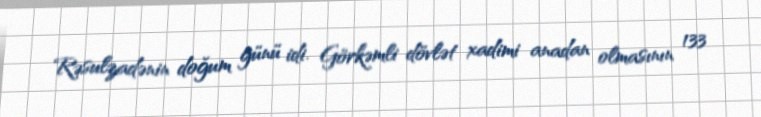
Rəsulzadənin doğum günü idi. Görkəmli dövlət xadimi anadan olmasının 133